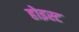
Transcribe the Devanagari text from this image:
होइस्ट